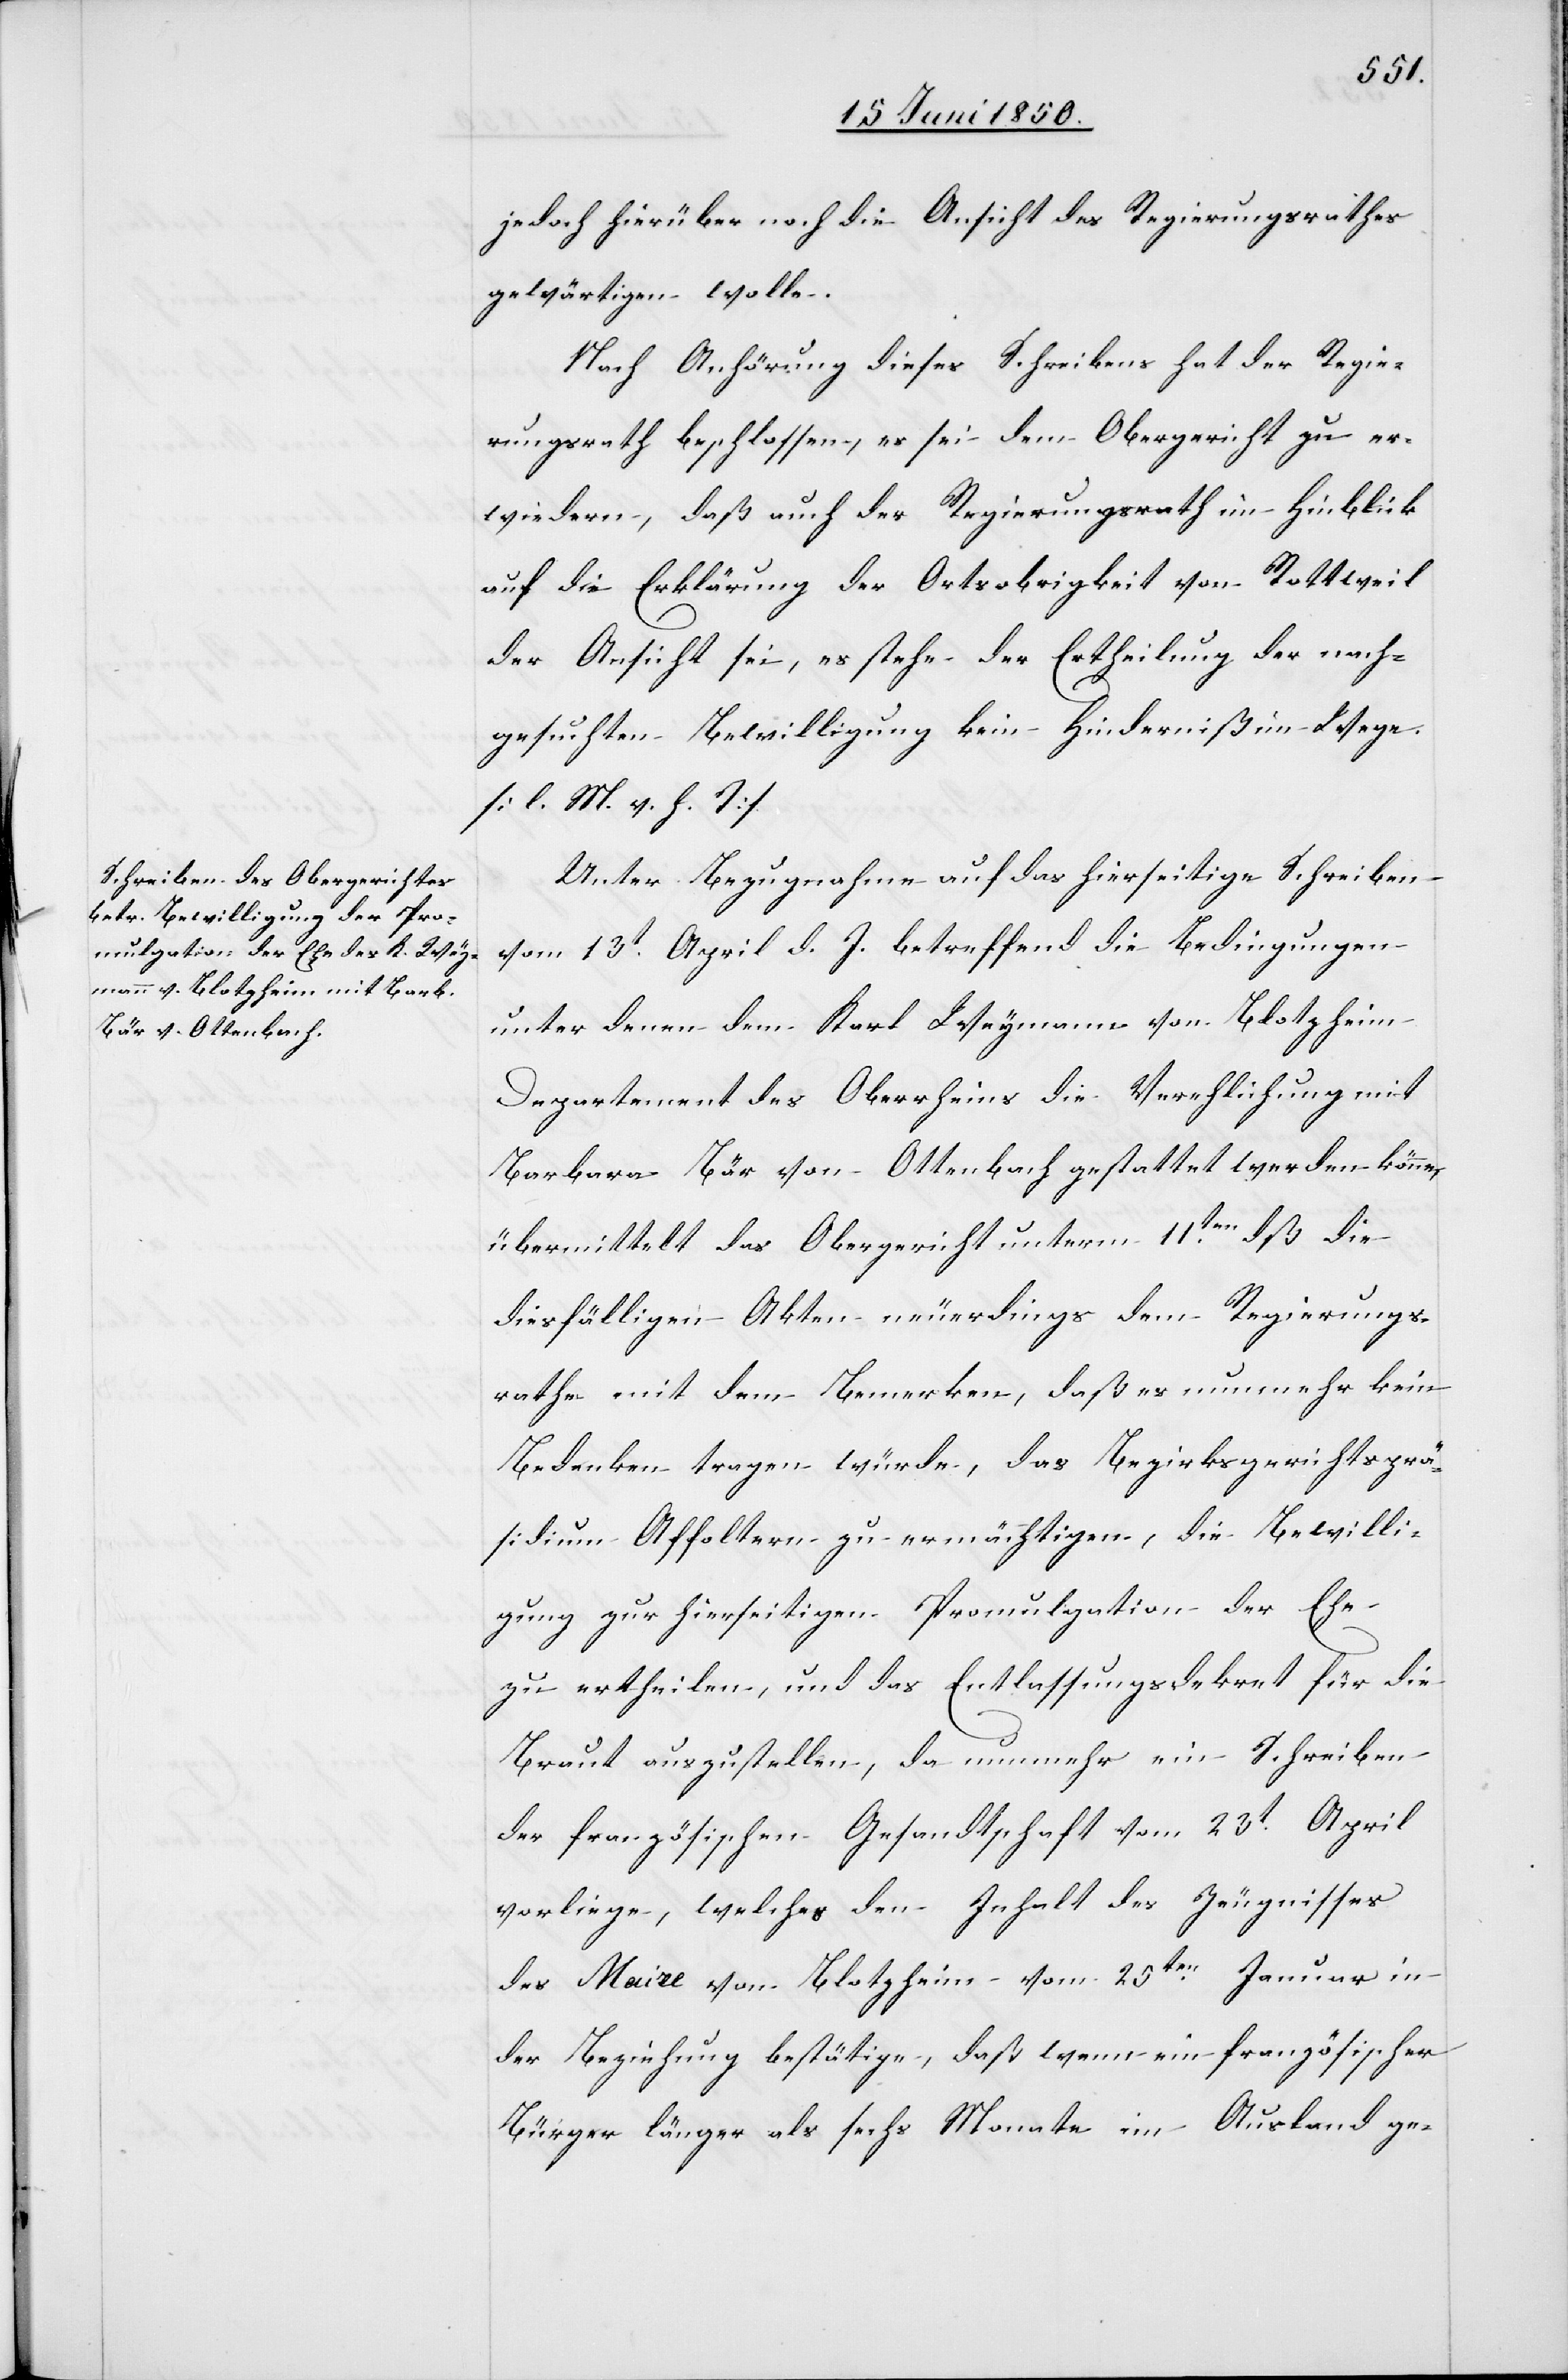
jedoch hierüber noch die Ansicht des Regierungsrathes
gewärtigen wolle.
Nach Anhörung dieses Schreibens hat der Regie¬
rungsrath beschlossen, es sei dem Obergericht zu er¬
wiedern, daß auch der Regierungsrath im Hinblick
auf die Erklärung der Ortsobrigkeit von Rottweil
der Ansicht sei, es stehe der Ertheilung der nach¬
gesuchten Bewilligung kein Hinderniß im Wege.
[l. M. v. h. T]
Unter Bezugnahme auf das hierseitige Schreiben
vom 13t April d. J. betreffend die Bedingungen
unter denen dem Karl Weymann von Blotzheim
Departement des Oberrheins die Verehlichung mit
Barbara Bär von Ottenbach gestattet werden könne,
übermittelt das Obergericht unterm 11ten dß die
diesfälligen Akten neuerdings dem Regierungs¬
rathe mit dem Bemerken, daß es nunmehr kein
Bedenken tragen würde, das Bezirksgerichtsprä¬
sidium Affoltern zu ermächtigen, die Bewilli¬
gung zur hierseitigen Promulgation der Ehe
zu ertheilen, und das Entlassungsdekret für die
Braut auszustellen, da nunmehr ein Schreiben
der französischen Gesandtschaft vom 23t April
vorliege, welches den Inhalt des Zeugnisses
des Maire von Blotzheim vom 25ten Januar in
der Beziehung bestätige, daß wenn ein französischer
Bürger länger als sechs Monate im Ausland ge-